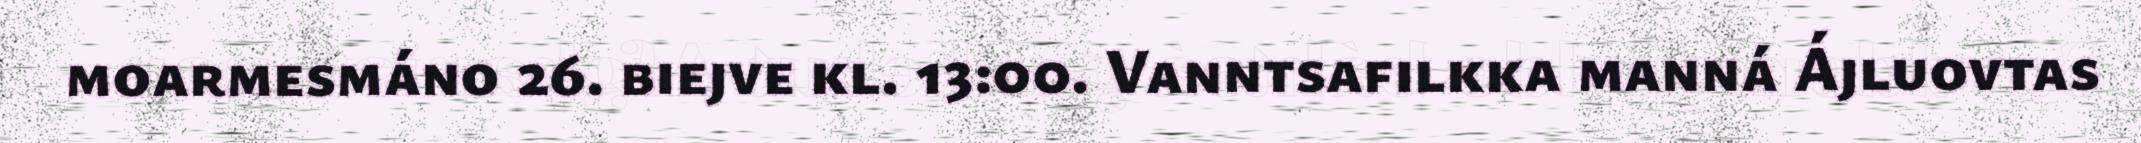
moarmesmáno 26. biejve kl. 13:00. Vanntsafilkka manná Ájluovtas